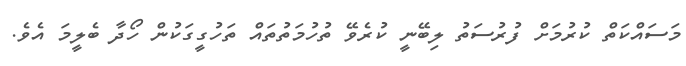
މަސައްކަތް ކުރުމަށް ފުރުސަތު ލިބޭނީ ކުރެވޭ ތުހުމަތުތައް ތަހުގީގަކުން ހޯދާ ބެލީމަ އެވެ.